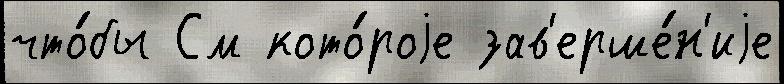
что́бы См кото́роjе зав'ерше́н'иjе